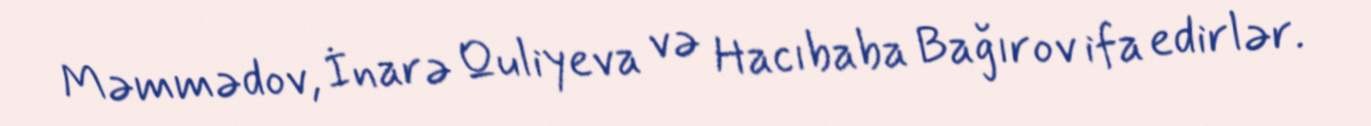
Məmmədov, İnarə Quliyeva və Hacıbaba Bağırov ifa edirlər.